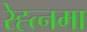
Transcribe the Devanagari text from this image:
रेह्त्नमा